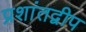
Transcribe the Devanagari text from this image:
प्रशांतद्वीप